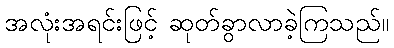
အလုံးအရင်းဖြင့် ဆုတ်ခွာလာခဲ့ကြသည်။